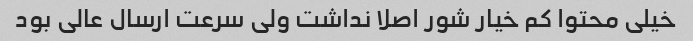
خیلی محتوا کم خیار شور اصلا نداشت ولی سرعت ارسال عالی بود